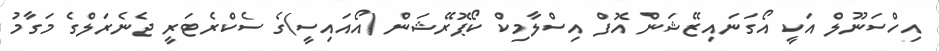
އިހްސަނޫލް އަކީ އޯގަނައިޒޭޝަން އޮފް އިސްލާމިކް ކޯޕޮރޭޝަން (އޯއައިސީ)ގެ ސެކްރެޓަރީ ޖެނެރަލްގެ މަގާމު